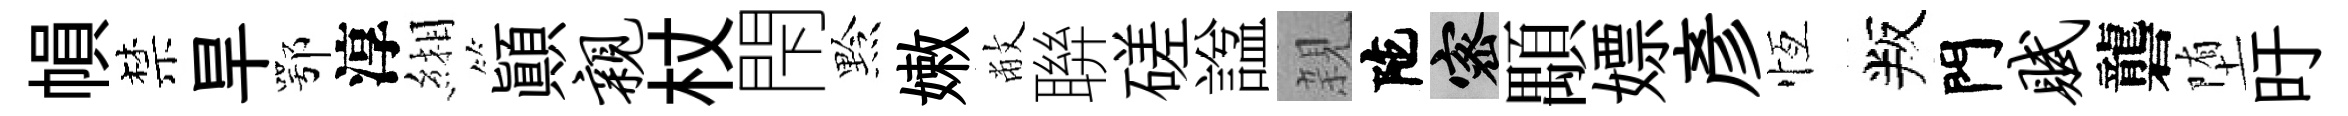
𢄙禁旱鄂淳緗顚亲杖閇黔嫩敝聨磋諡親陀密顒嫖彥恆叛門赋礱堕旴